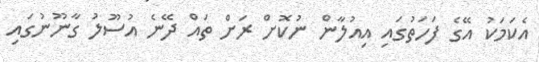
އެކަމަކު އޭގެ ފަހަތުގައި އިއުލާން ނުކޮށް ރަށް ތައް ދޭނެ އުސޫލު ގާނޫނުގައި